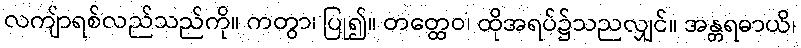
လကျ်ာရစ်လည်သည်ကို။ ကတွာ၊ ပြု၍။ တတ္ထေဝ၊ ထိုအရပ်၌သညလျှင်။ အန္တရဓာယိ၊